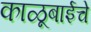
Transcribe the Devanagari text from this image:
काळूबाईचे